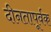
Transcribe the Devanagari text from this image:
दीनतापूर्वक